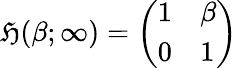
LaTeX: {\mathfrak{H}}(\beta;\infty)={\left(\begin{array}{ll}{1}&{\beta}\\ {0}&{1}\end{array}\right)}